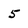
Character: 5